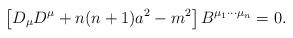
LaTeX: \begin{align*}\left[ D_{\mu} D^{\mu} + n(n+1) a^2 - m^2 \right] B^{\mu_1 \cdots \mu_n} = 0. \end{align*}